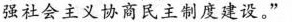
强社会主义协商民主制度建设。